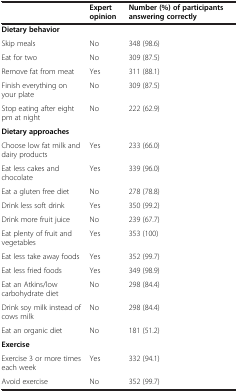
<table><thead><tr><td><b> </b></td><td><b>Expert opinion</b></td><td><b>Number (%) of participants answering correctly</b></td></tr></thead><tbody><tr><td colspan="3"><b>Dietary behavior</b></td></tr><tr><td>Skip meals</td><td>No</td><td>348 (98.6)</td></tr><tr><td>Eat for two</td><td>No</td><td>309 (87.5)</td></tr><tr><td>Remove fat from meat</td><td>Yes</td><td>311 (88.1)</td></tr><tr><td>Finish everything on your plate</td><td>No</td><td>309 (87.5)</td></tr><tr><td>Stop eating after eight pm at night</td><td>No</td><td>222 (62.9)</td></tr><tr><td colspan="3"><b>Dietary approaches</b></td></tr><tr><td>Choose low fat milk and dairy products</td><td>Yes</td><td>233 (66.0)</td></tr><tr><td>Eat less cakes and chocolate</td><td>Yes</td><td>339 (96.0)</td></tr><tr><td>Eat a gluten free diet</td><td>No</td><td>278 (78.8)</td></tr><tr><td>Drink less soft drink</td><td>Yes</td><td>350 (99.2)</td></tr><tr><td>Drink more fruit juice</td><td>No</td><td>239 (67.7)</td></tr><tr><td>Eat plenty of fruit and vegetables</td><td>Yes</td><td>353 (100)</td></tr><tr><td>Eat less take away foods</td><td>Yes</td><td>352 (99.7)</td></tr><tr><td>Eat less fried foods</td><td>Yes</td><td>349 (98.9)</td></tr><tr><td>Eat an Atkins/low carbohydrate diet</td><td>No</td><td>298 (84.4)</td></tr><tr><td>Drink soy milk instead of cows milk</td><td>No</td><td>298 (84.4)</td></tr><tr><td>Eat an organic diet</td><td>No</td><td>181 (51.2)</td></tr><tr><td colspan="3"><b>Exercise</b></td></tr><tr><td>Exercise 3 or more times each week</td><td>Yes</td><td>332 (94.1)</td></tr><tr><td>Avoid exercise</td><td>No</td><td>352 (99.7)</td></tr></tbody></table>